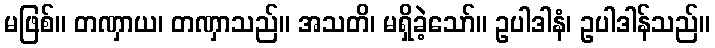
မဖြစ်။ တဏှာယ၊ တဏှာသည်။ အသတိ၊ မရှိခဲ့သော်။ ဥပါဒါနံ၊ ဥပါဒါန်သည်။